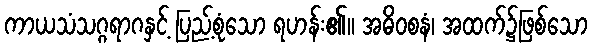
ကာယသံသဂ္ဂရာဂနှင့် ပြည့်စုံသော ရဟန်း၏။ အဓိဝစနံ၊ အထက်၌ဖြစ်သော